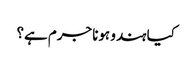
کیا ہندو ہونا جرم ہے؟